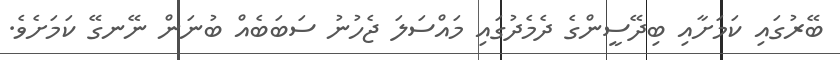
ބޭރުގައި ކަމަށާއި ބިދޭސީންގެ ދެމެދުގައި މައްސަލަ ޖެހުނު ސަބަބެއް ބުނަން ނޭނގޭ ކަމަށެވެ.